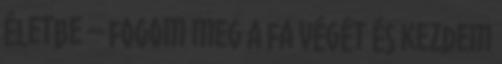
életbe – fogom meg a fa végét és kezdem